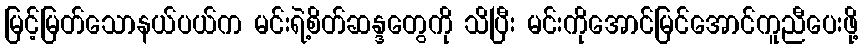
မြင့်မြတ်သောနယ်ပယ်က မင်းရဲ့စိတ်ဆန္ဒတွေကို သိပြီး မင်းကိုအောင်မြင်အောင်ကူညီပေးဖို့